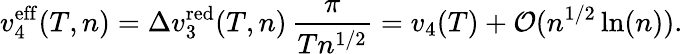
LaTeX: v_{4}^{\mathrm{eff}}(T,n)=\Delta v_{3}^{\mathrm{red}}(T,n)\, \frac{\pi}{Tn^{1/2}}=v_{4}(T)+{\cal O}(n^{1/2}\ln(n)).